65_HS1-834228961_62-HQ-83894_Section_2
Agency: FBI
Page 10
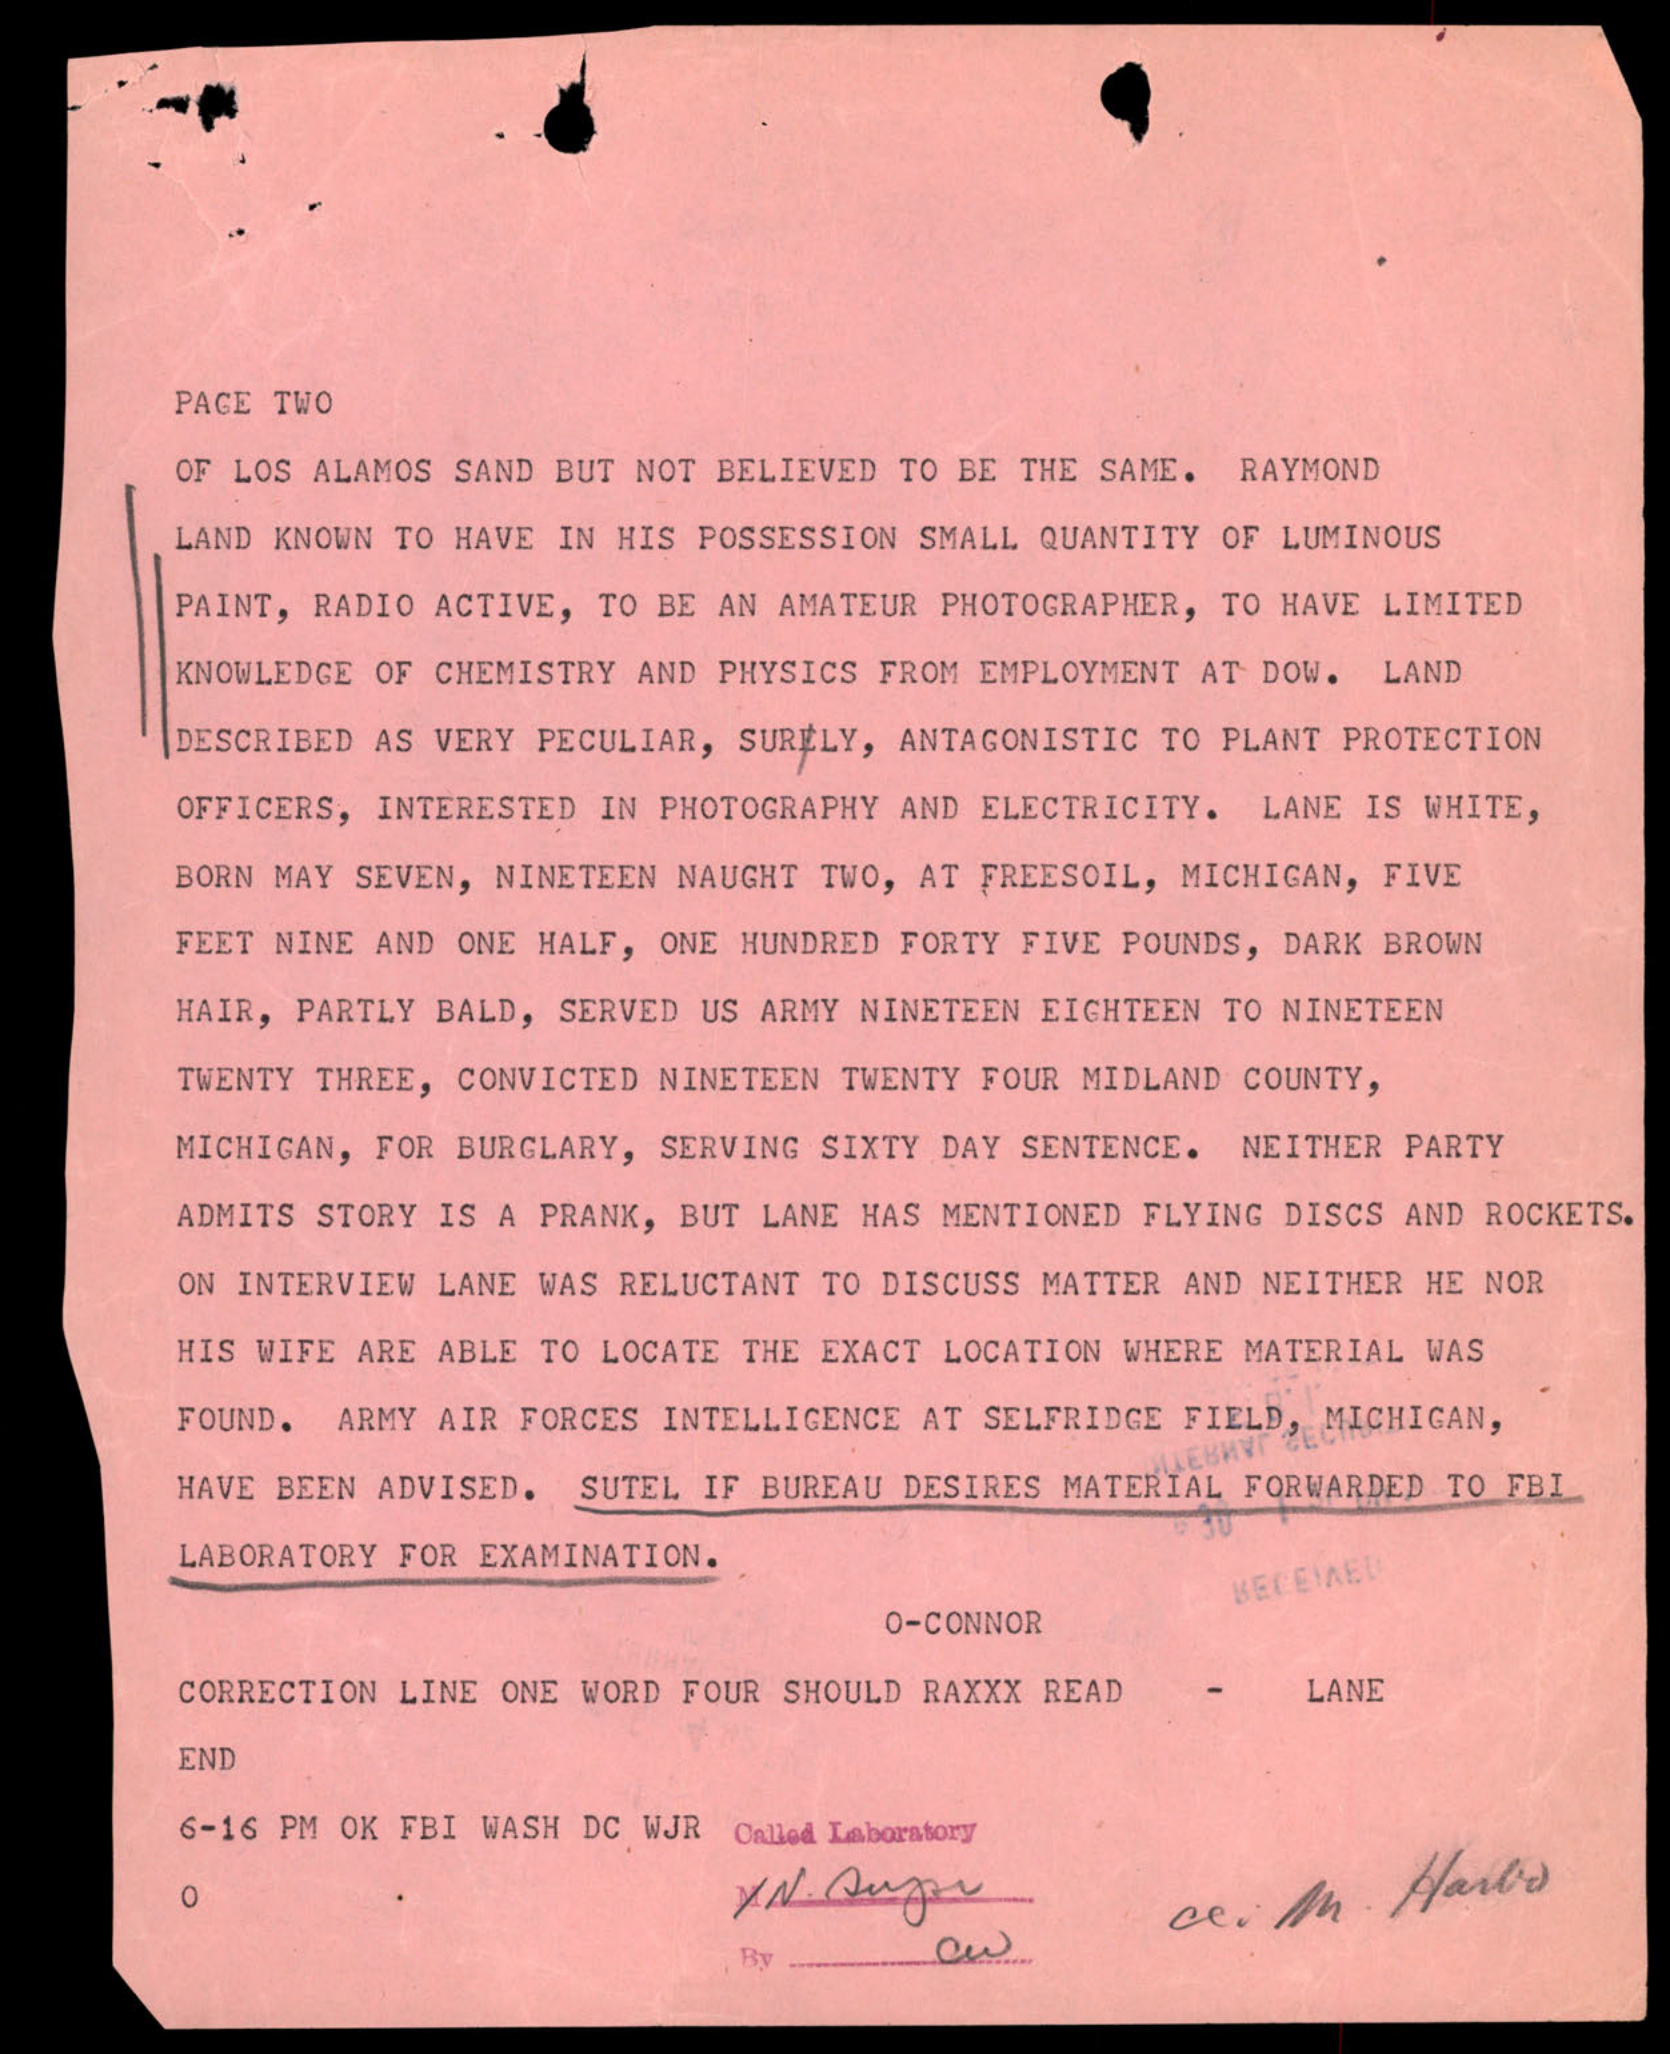